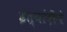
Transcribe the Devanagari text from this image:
इत्यांदींचे